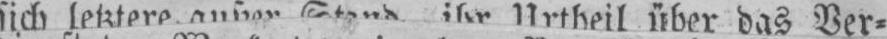
sich letztere außer Stand ihr Urtheil über das Ver⸗